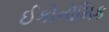
ઈકોનૉમિક